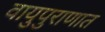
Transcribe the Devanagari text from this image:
वायुपुराणात